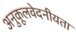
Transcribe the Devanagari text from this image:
अनुकूलवेदनीयता